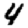
Digit: 4